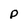
Character: p